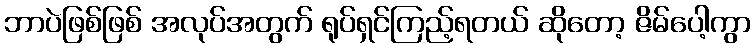
ဘာပဲဖြစ်ဖြစ် အလုပ်အတွက် ရုပ်ရှင်ကြည့်ရတယ် ဆိုတော့ ဇိမ်ပေါ့ကွာ